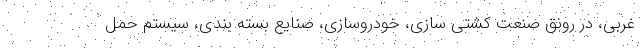
غربی، در رونق صنعت کشتی سازی، خودروسازی، صنایع بسته بندی، سیستم حمل